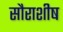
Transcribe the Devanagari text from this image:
सौराशीष